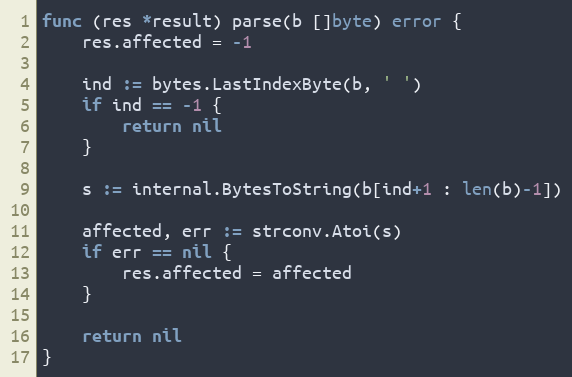
Language: Go
func (res *result) parse(b []byte) error {
	res.affected = -1

	ind := bytes.LastIndexByte(b, ' ')
	if ind == -1 {
		return nil
	}

	s := internal.BytesToString(b[ind+1 : len(b)-1])

	affected, err := strconv.Atoi(s)
	if err == nil {
		res.affected = affected
	}

	return nil
}